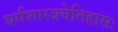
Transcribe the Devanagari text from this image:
धर्मशास्त्रचेतिहासः